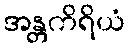
အန္တကိရိယံ